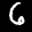
Label: 6